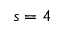
s = 4